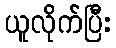
ယူလိုက်ပြီး